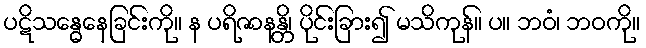
ပဋိသန္ဓေနေခြင်းကို။ န ပရိဇာနန္တိ၊ ပိုင်းခြား၍ မသိကုန်။ ပ။ ဘဝံ၊ ဘဝကို။